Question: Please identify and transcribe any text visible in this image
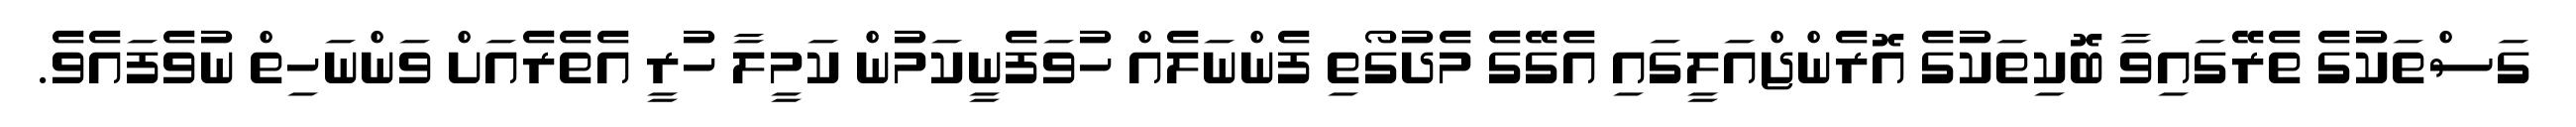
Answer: ގަސްތަކުގެ ތެރޭގައިވާ ބޮކިތަކުގެ އޮރެންޖްއަލީގައި އެގޭގެ މެދުގޯތި ފެންނަލެއް ހުވަފެނީކަމުން ކަމީލާ ހުރީ އެތެރެއަށް ވަންނަހިތް ނުވެފައެވެ.